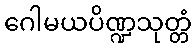
ဂေါမယပိဏ္ဍသုတ္တံ